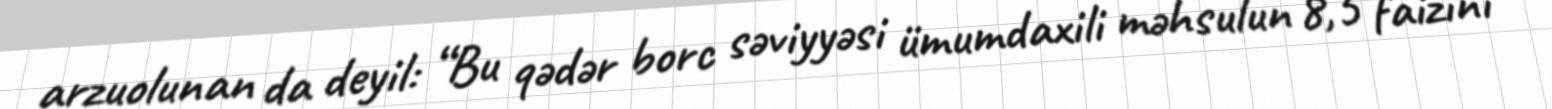
arzuolunan da deyil: “Bu qədər borc səviyyəsi ümumdaxili məhsulun 8,5 faizini